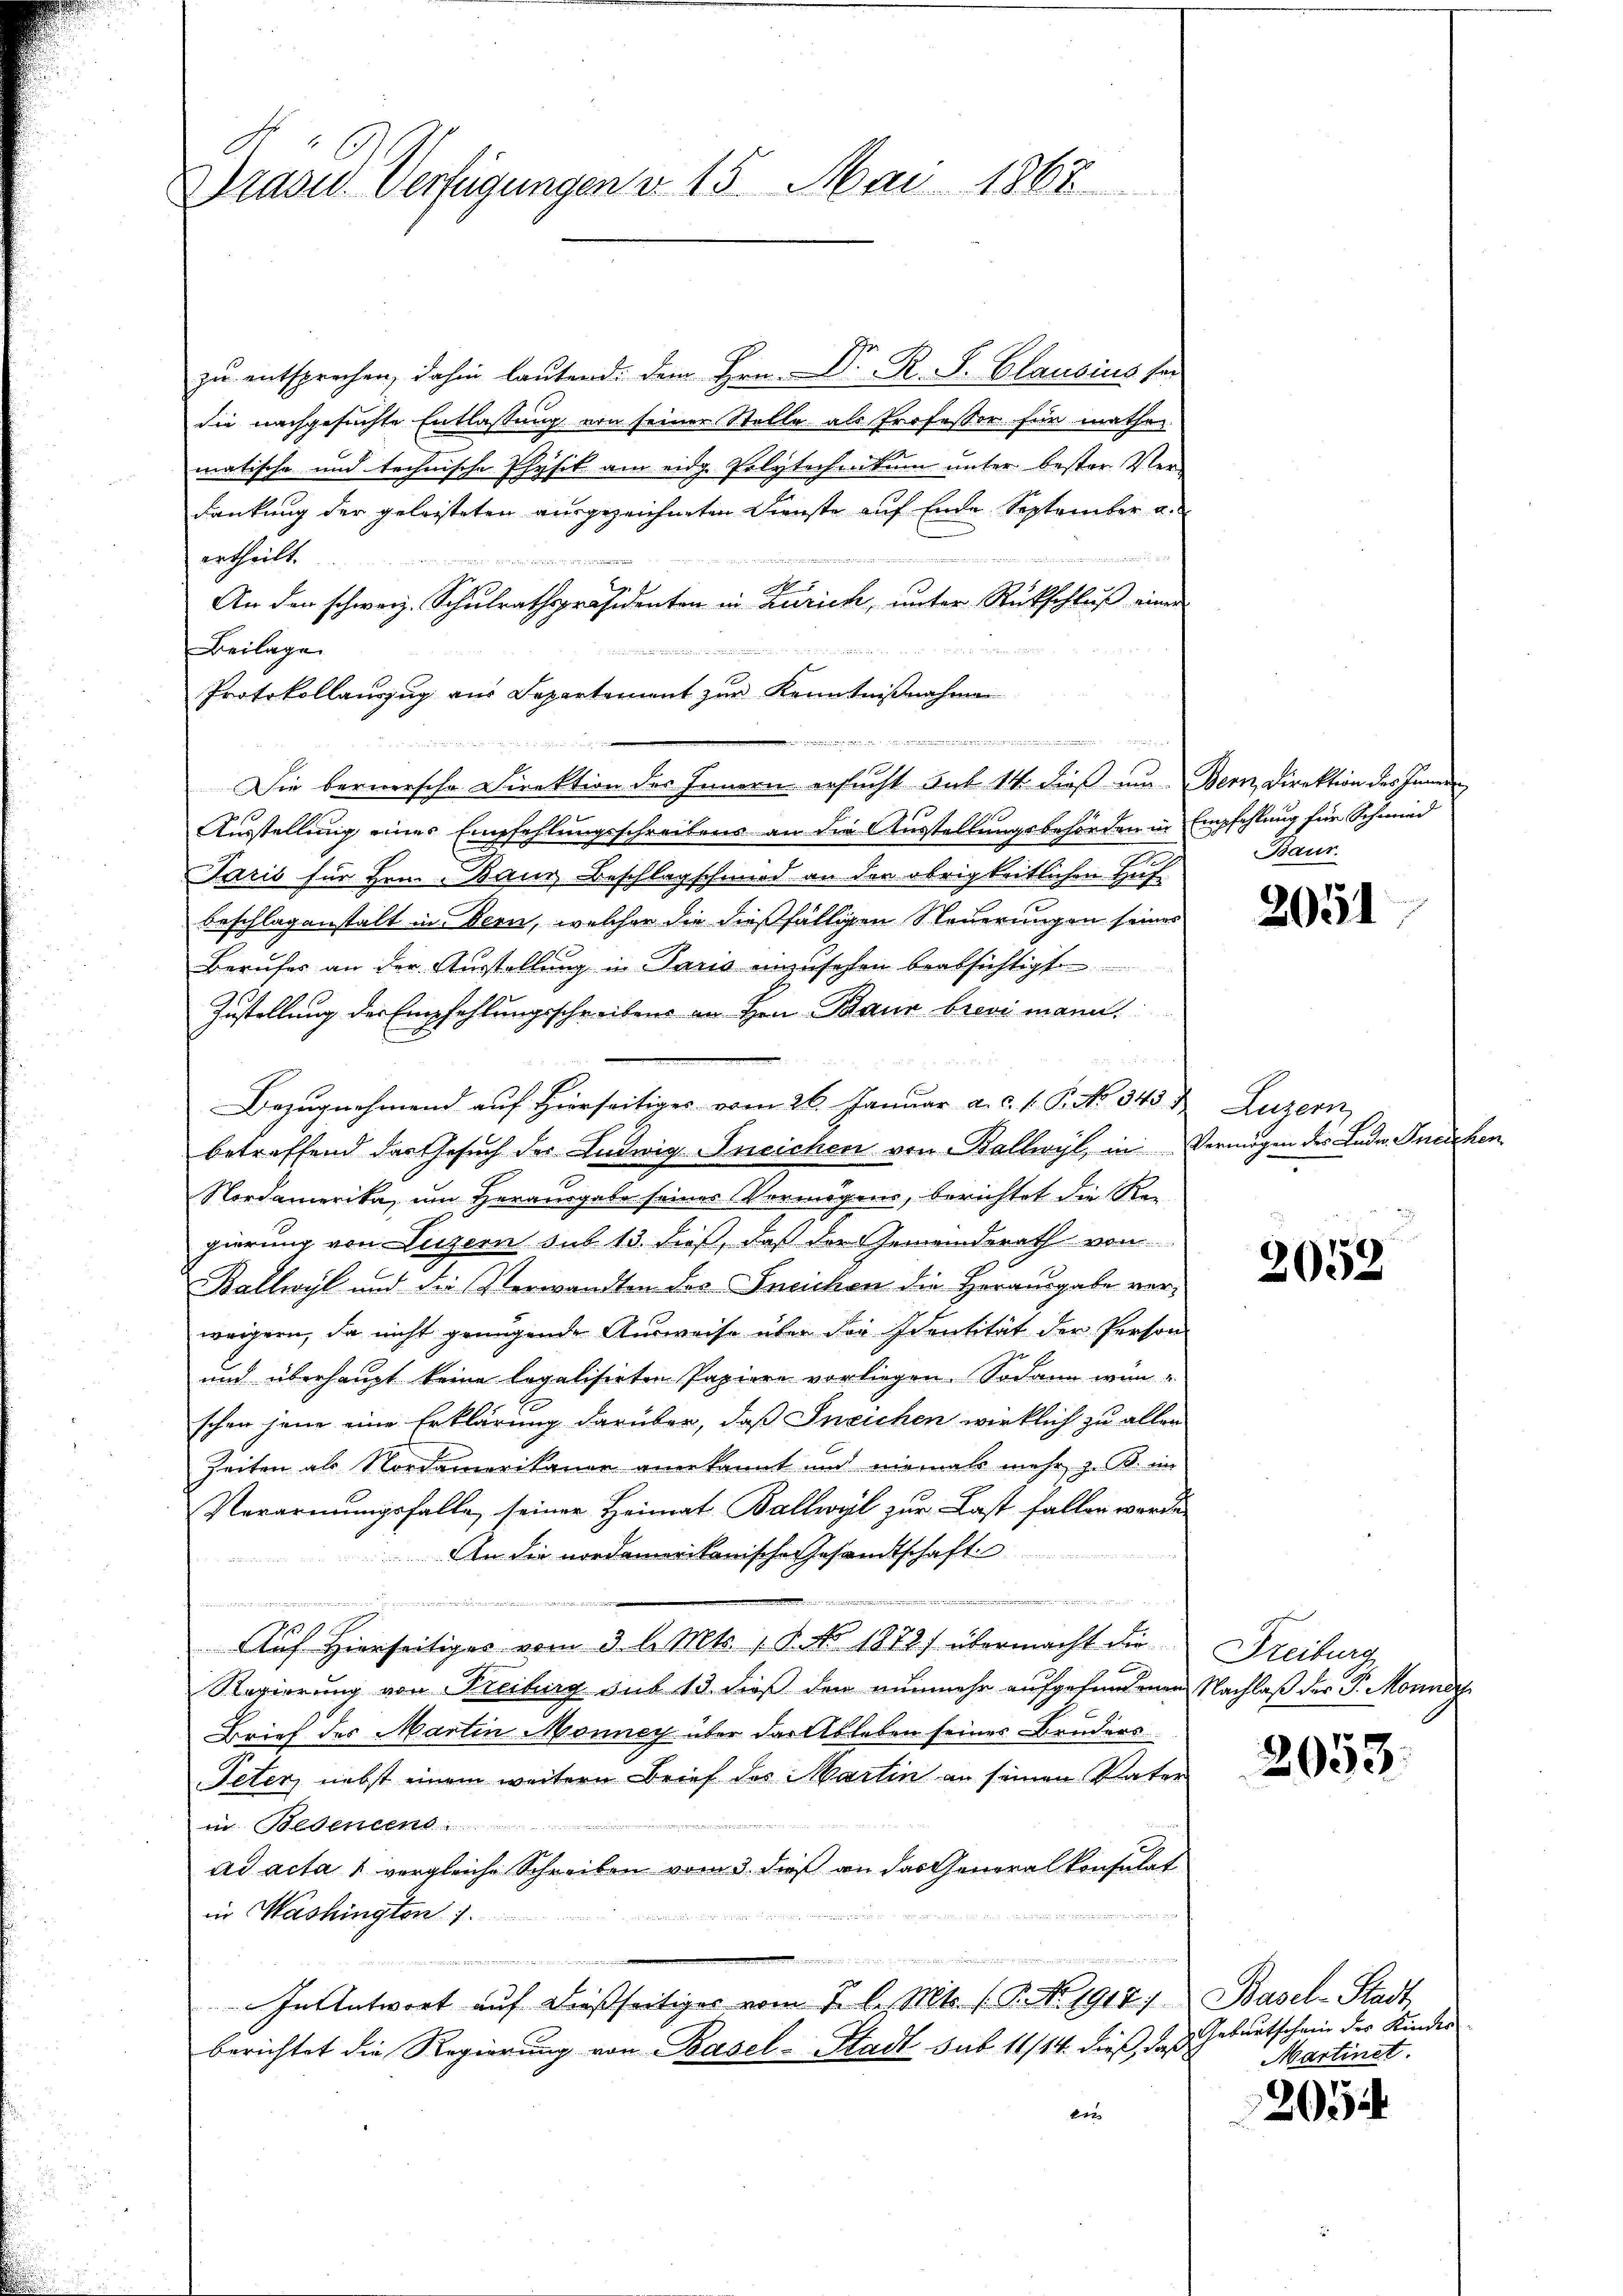
Drasid. Verfügungen v. 15. Mai 1867.

zu entsprochen, dahin lautend dem Hrn. Dr. R. S. Clausius ser
die nachgesuchte Entlassung von seiner Stelle als Professor für mathe
matische und technische Physik am eidg. Polytechnikum unter bester Ver-
dankung der geleisteten ausgezeichneten Dienste auf Ende September a.
ertheilt.

i

An den schweiz. Schulrathspräsidenten in Zürich, unter Rückschluß einer
Beilage

Protokollauszug aus Separtement zur Kenntnißnahme
,
n
Die bernersche Direktion des Innern ersucht sub 14 dieß um Bern, Direktion des Innern
Ausstellung einer Empfehlungsschreibens an die Ausstellungsbehörden in Empfehlung für Schmied
Paris für Hrn. Baur Beschlagschmied an der obrigkeitlichen Huf
Beschlagenstalt in Bern, welcher die dießfälligen Steuerungen seines
Berufes an der Ausstellung in Paris einzusehen beabsichtigt
Zustellung der Empfehlungsschreibens an Hrn. Baur brevi mann
 42 x
x
Bezugnehmend auf Hierseitiges vom 26. Januar a. c. l. P. No. 343
betreffend der Gesuch der Ludwig Ineichen von Ballwyl, in Vermögen des Ludw. Ineichen
Nordamerika, um Herausgabe seines Vermögen, berichtet die Regierung von Luzern sub 13. dieß, daß der Gemeinderath von
Ballwyl und die Verwandten des Ineichen die Horausgabe verweigern, da nicht genügende Ausweise über die Identität der Person
und überhaupt keine legalisirten Papiere vorliegen. Sodann wun
schen jene eine Erklärung darüber, daß Ineichen wirklich zu aller
Zeiten als Nordamerikaner anerkannt und niemals mehr, z. B. im
Verarmungsfalle seiner Heimat Ballwyl zur Last fallen werden
An die nordamerikanische Gesandtschaft
.
t
Auf Hierseitiges vom 3. l. Mts. 1. No. 1872] übermacht die
Regierung von Freiburg sub 13. dieß den nunmehr aufgefundenen Nachlaß der P. Monner
Brief des Martin Monncy über der Ableben seines Bruders
Peter, nebst einem weitern Brief des Martin an seinen Vater
in Bedensens
ad acta 1 vergleiche Schreiben vom 3. dieß an das Generalkonsulat
in Washington

u
In Antwort auf dießseitiges vom 2. l. Mts. (T. NNo. 1914, Basel-Stadt
berichtet die Regierung von Basel-Stadt sub 11/14. dieß, daß Geburtschein der Kinder
242

Baur.

2051

Luzern

2052

Freiburg

2053.

Martinet.

205